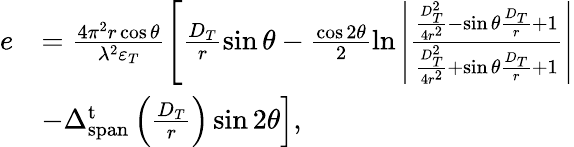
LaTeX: \begin{array}{rl}{e}&{=\frac{{4{\pi^{2}}r\cos\theta}}{{{\lambda^{2}}{\varepsilon_{T}}}}\left[\frac{{{D_{T}}}}{r}\sin\theta-\frac{{\cos 2\theta}}{2}\ln\left|{\frac{{\frac{{D_{T}^{2}}}{{4{r^{2}}}}-\sin\theta\frac{{{D_{T}}}}{r}+1}}{{\frac{{D_{T}^{2}}}{{4{r^{2}}}}+\sin\theta\frac{{{D_{T}}}}{r}+1}}}\right|\right.}\\ &{\left.{-\Delta_{\mathrm{{span}}}^{\mathrm{t}}\left(\frac{{{D_{T}}}}{r}\right)}\sin 2\theta\right],}\end{array}